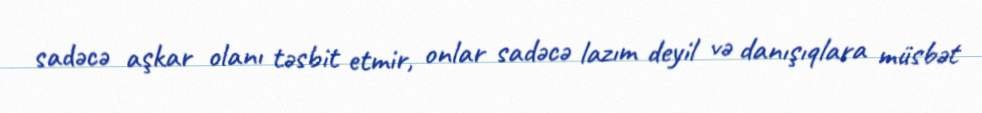
sadəcə aşkar olanı təsbit etmir, onlar sadəcə lazım deyil və danışıqlara müsbət